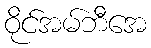
ဝိုင်အမ်ဘီအေ